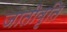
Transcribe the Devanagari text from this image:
जातीवृति